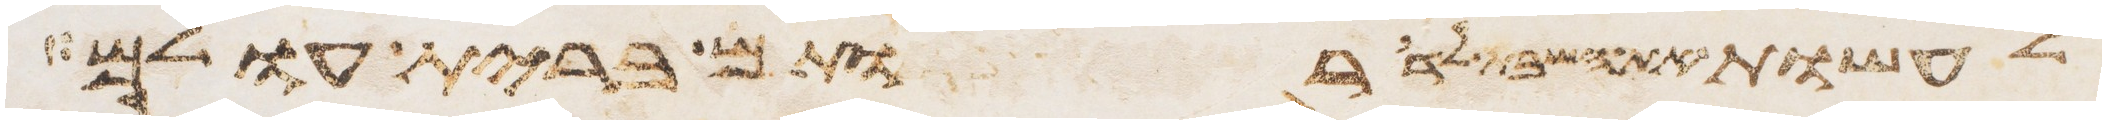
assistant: לעשות את השבת לדרתם ברית עולם